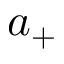
a _ { + }